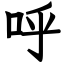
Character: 呼